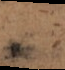
n d